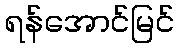
ရန်အောင်မြင်